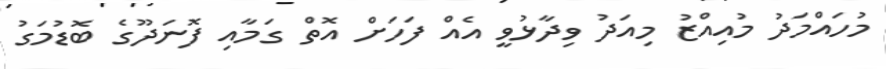
މުހައްމަދު މުއިއްޒު މިއަދު ވިދާޅުވީ އެއް ފަހަށް އޮތް ގަމާއި ފޮނަދޫގެ ބޮޑުމަގު